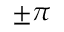
\pm \pi